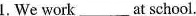
1.We work___at school.